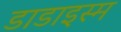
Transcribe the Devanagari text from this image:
डाडाइस्म